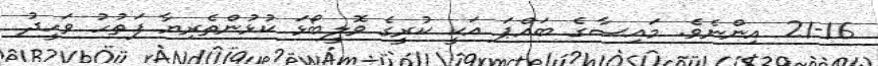
21-16 އިންނެވެ. މައިސާގެ ބައްޕަ އަކީ ކުރީގެ ވޮލީބޯޅަ ކުޅުންތެރިޔާ ފަތުހު ވަހީދު